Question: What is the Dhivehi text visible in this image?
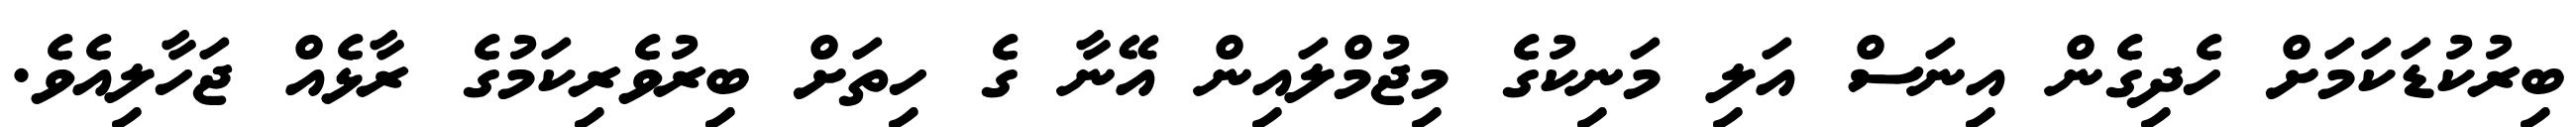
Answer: ބިރުކުޑަކަމަށް ހެދިގެން އިނަސް އަލި މަނިކުގެ މިޖުމްލައިން އޭނާ ގެ ހިތަށް ބިރުވެރިކަމުގެ ރާޅެއް ޖަހާލިއެވެ.